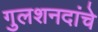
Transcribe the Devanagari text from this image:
गुलशनदांचे